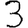
Digit: 3